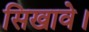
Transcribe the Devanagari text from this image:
सिखावे।